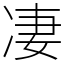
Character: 凄